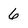
Character: 6